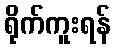
ရိုက်ကူးရန်